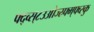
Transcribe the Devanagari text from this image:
फ्द्व्स्८उओज्स्र्फ्म्फ्व्स्कु